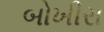
બોખીરા